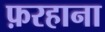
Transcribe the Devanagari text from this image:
फ़रहाना